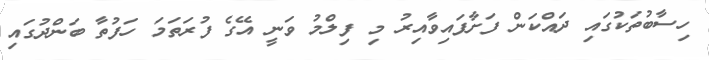
ހިސާބުތަކުގައި ދައްކަން ފަށާފައިވާއިރު މި ފިލްމު ވަނީ އޭގެ ފުރަތަމަ ހަފުތާ ބަންދުގައި